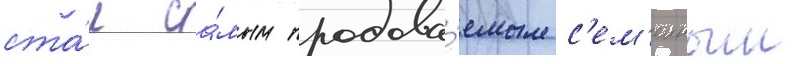
ста́л са́мым продава́емым с'ем'еиным